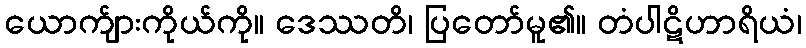
ယောက်ျားကိုယ်ကို။ ဒေဿတိ၊ ပြတော်မူ၏။ တံပါဋိဟာရိယံ၊